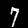
Digit: 7